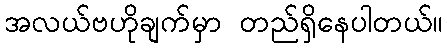
အလယ်ဗဟိုချက်မှာ တည်ရှိနေပါတယ်။